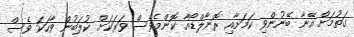
ގަތުމަށް އޭނާ ބޭނުންވި ކަމަށާއި ރޮނާލްޑޯއާ ކޮންމެވެސް ވަރަކަށް ކުލަބުން ވާހަކަ ވެސް